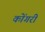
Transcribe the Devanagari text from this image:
कोंगरी